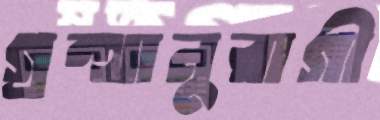
গ্রন্থানুরাগী